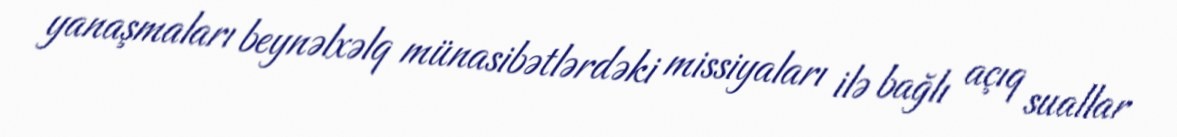
yanaşmaları beynəlxəlq münasibətlərdəki missiyaları ilə bağlı açıq suallar